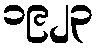
၁၉၂၃